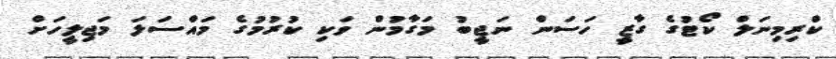
ކްރިމިނަލް ކޯޓުގެ ގާޒީ ހަސަން ނަޖީބު މަގާމުން ވަކި ކުރުމުގެ މައްސަލަ މަޖިލީހަށް